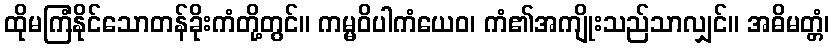
ထိုမကြံနိုင်သောတန်ခိုးကံတို့တွင်။ ကမ္မဝိပါကံယေဝ၊ ကံ၏အကျိုးသည်သာလျှင်။ အဓိမတ္တံ၊